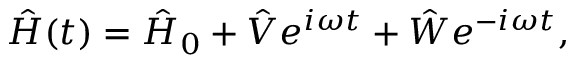
\hat { H } ( t ) = \hat { H } _ { 0 } + \hat { V } e ^ { i \omega t } + \hat { W } e ^ { - i \omega t } ,